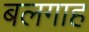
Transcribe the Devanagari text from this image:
बलगाह